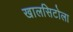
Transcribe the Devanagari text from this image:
खालसिटोला